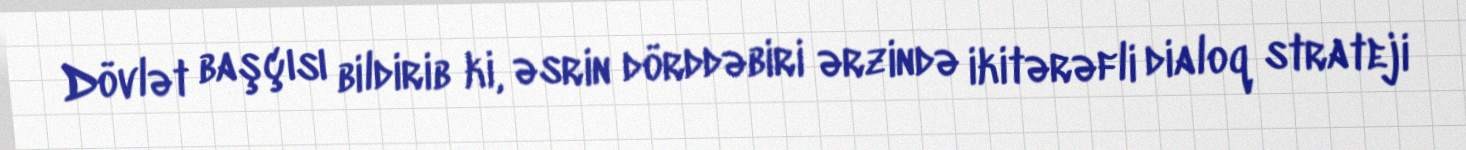
Dövlət başçısı bildirib ki, əsrin dörddəbiri ərzində ikitərəfli dialoq strateji